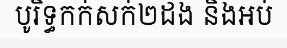
បូរិទ្ធកក់សក់២ដង និងអប់